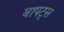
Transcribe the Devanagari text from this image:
बापट्स